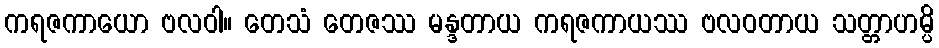
ကရဇကာယော ဗလဝါ။ တေသံ တေဇဿ မန္ဒတာယ ကရဇကာယဿ ဗလဝတာယ သတ္တာဟမ္ပိ